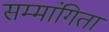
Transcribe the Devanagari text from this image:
सम्मांगिता